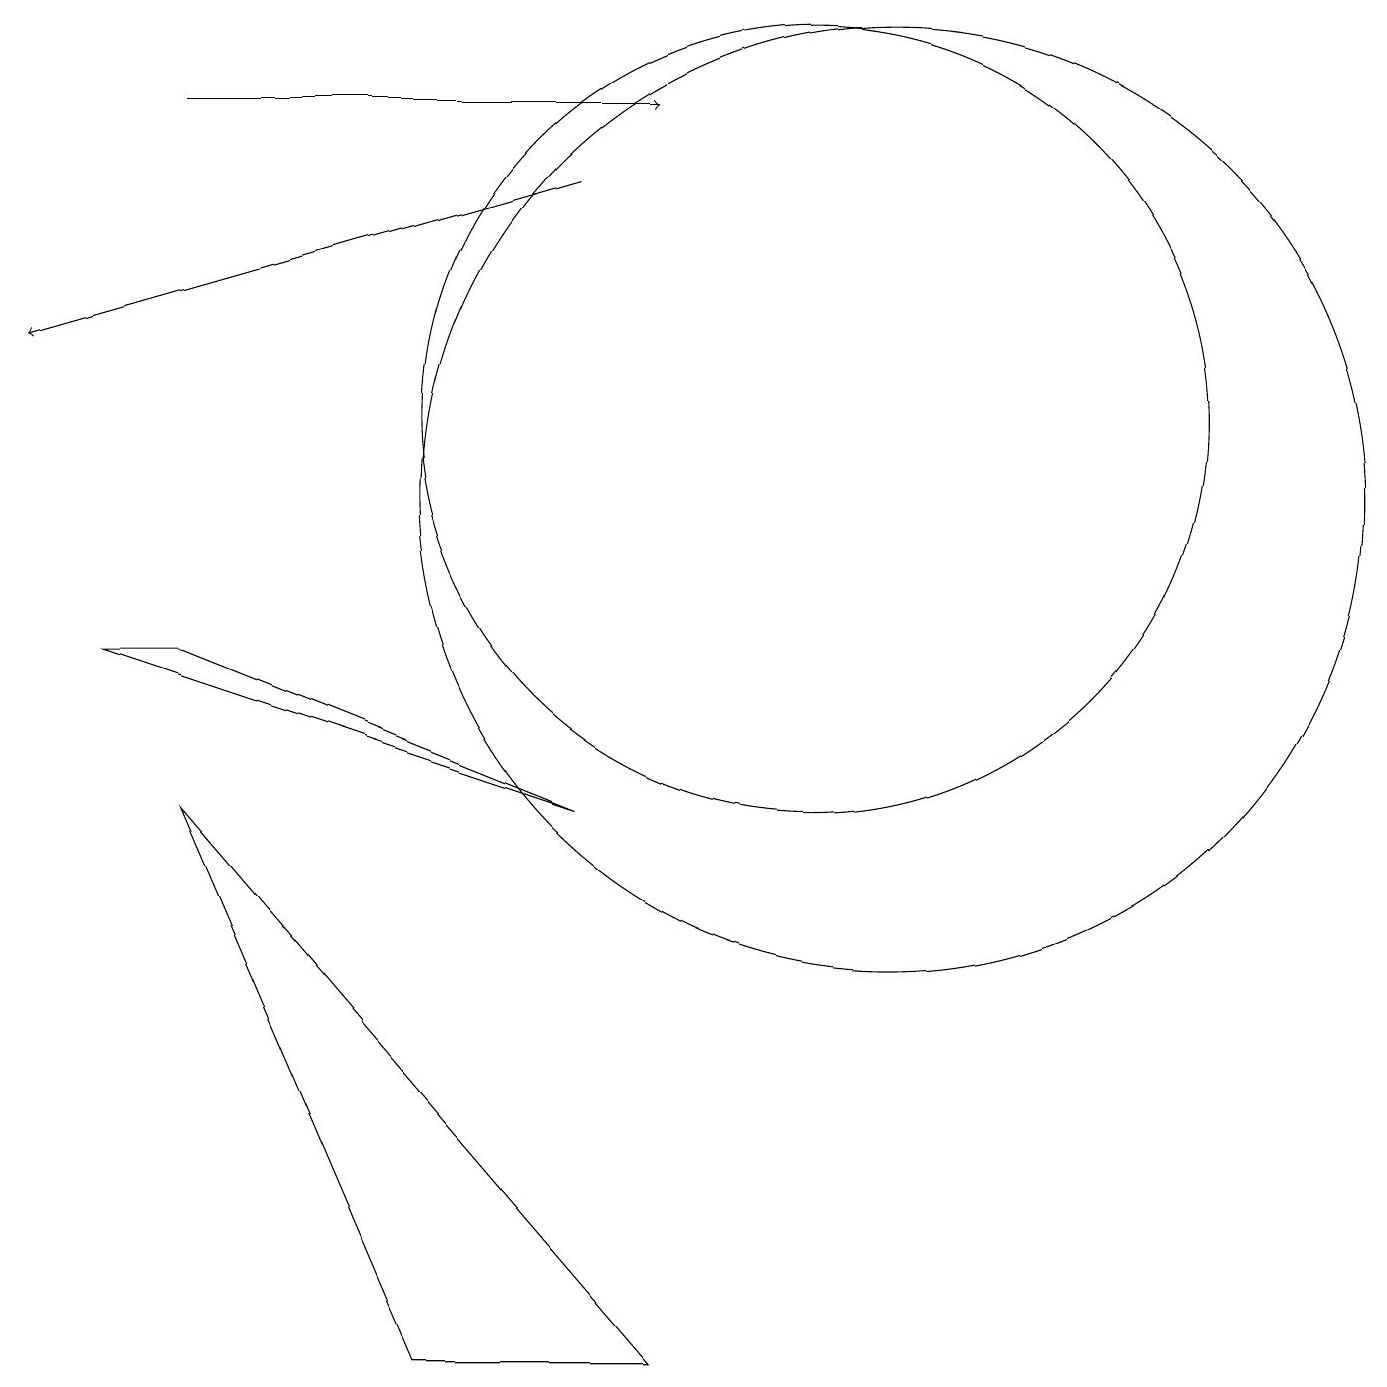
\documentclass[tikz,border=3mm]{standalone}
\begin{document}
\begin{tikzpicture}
\draw (3,7) -- (6,0) -- (9,0) -- cycle;
\draw[->] (3,16) -- (9,16);
\draw (11,12) circle (5);
\draw (8,7) -- (3,9) -- (2,9) -- cycle;
\draw[->] (8,15) -- (1,13);
\draw (12,11) circle (6);
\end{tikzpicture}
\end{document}